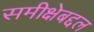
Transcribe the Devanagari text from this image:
समीक्षेबद्दल